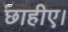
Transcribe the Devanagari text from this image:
छाहीए।